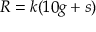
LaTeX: R = k ( 1 0 g + s )